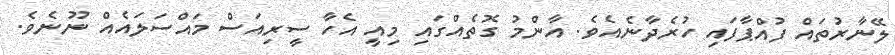
ލޭނާރުތައް ފުއްޕާފައި ހުރެދާނެއެވެ. އާންމު ގޮތެއްގައި މިއީ އެހާ ސީރިއަސް މައްސަލައެއް ނޫނެވެ.